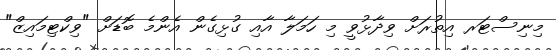
މިނިސްޓަރ އިތުރަށް ވިދާޅުވީ މި ހަމަލާ އާއި ގުޅިގެން އެންމެ ބޮޑަށް "ވިކްޓިމައިޒް"